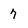
Character: 7